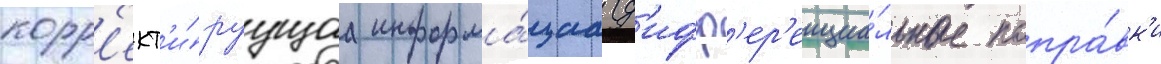
корр'ект'и́руущаа информа́циа (д'ифф'ер'енциа́льные попра́вк'и